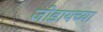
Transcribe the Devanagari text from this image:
जोडायच्या